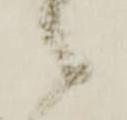
候